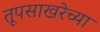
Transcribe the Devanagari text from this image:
तूपसाखरेच्या